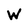
Character: W